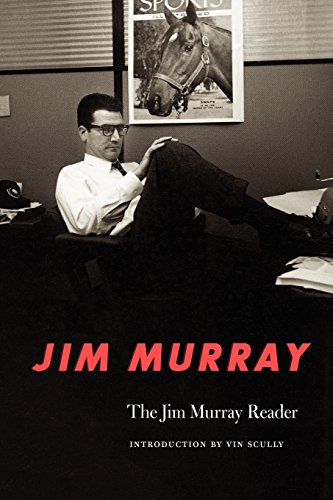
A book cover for The Jim Murray Reader; Jim Murray; Sports & Outdoors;